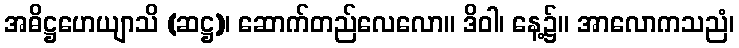
အဓိဋ္ဌဟေယျာသိ (ဆဋ္ဌ)၊ ဆောက်တည်လေလော။ ဒိဝါ၊ နေ့၌။ အာလောကသညံ၊